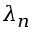
\lambda _ { n }